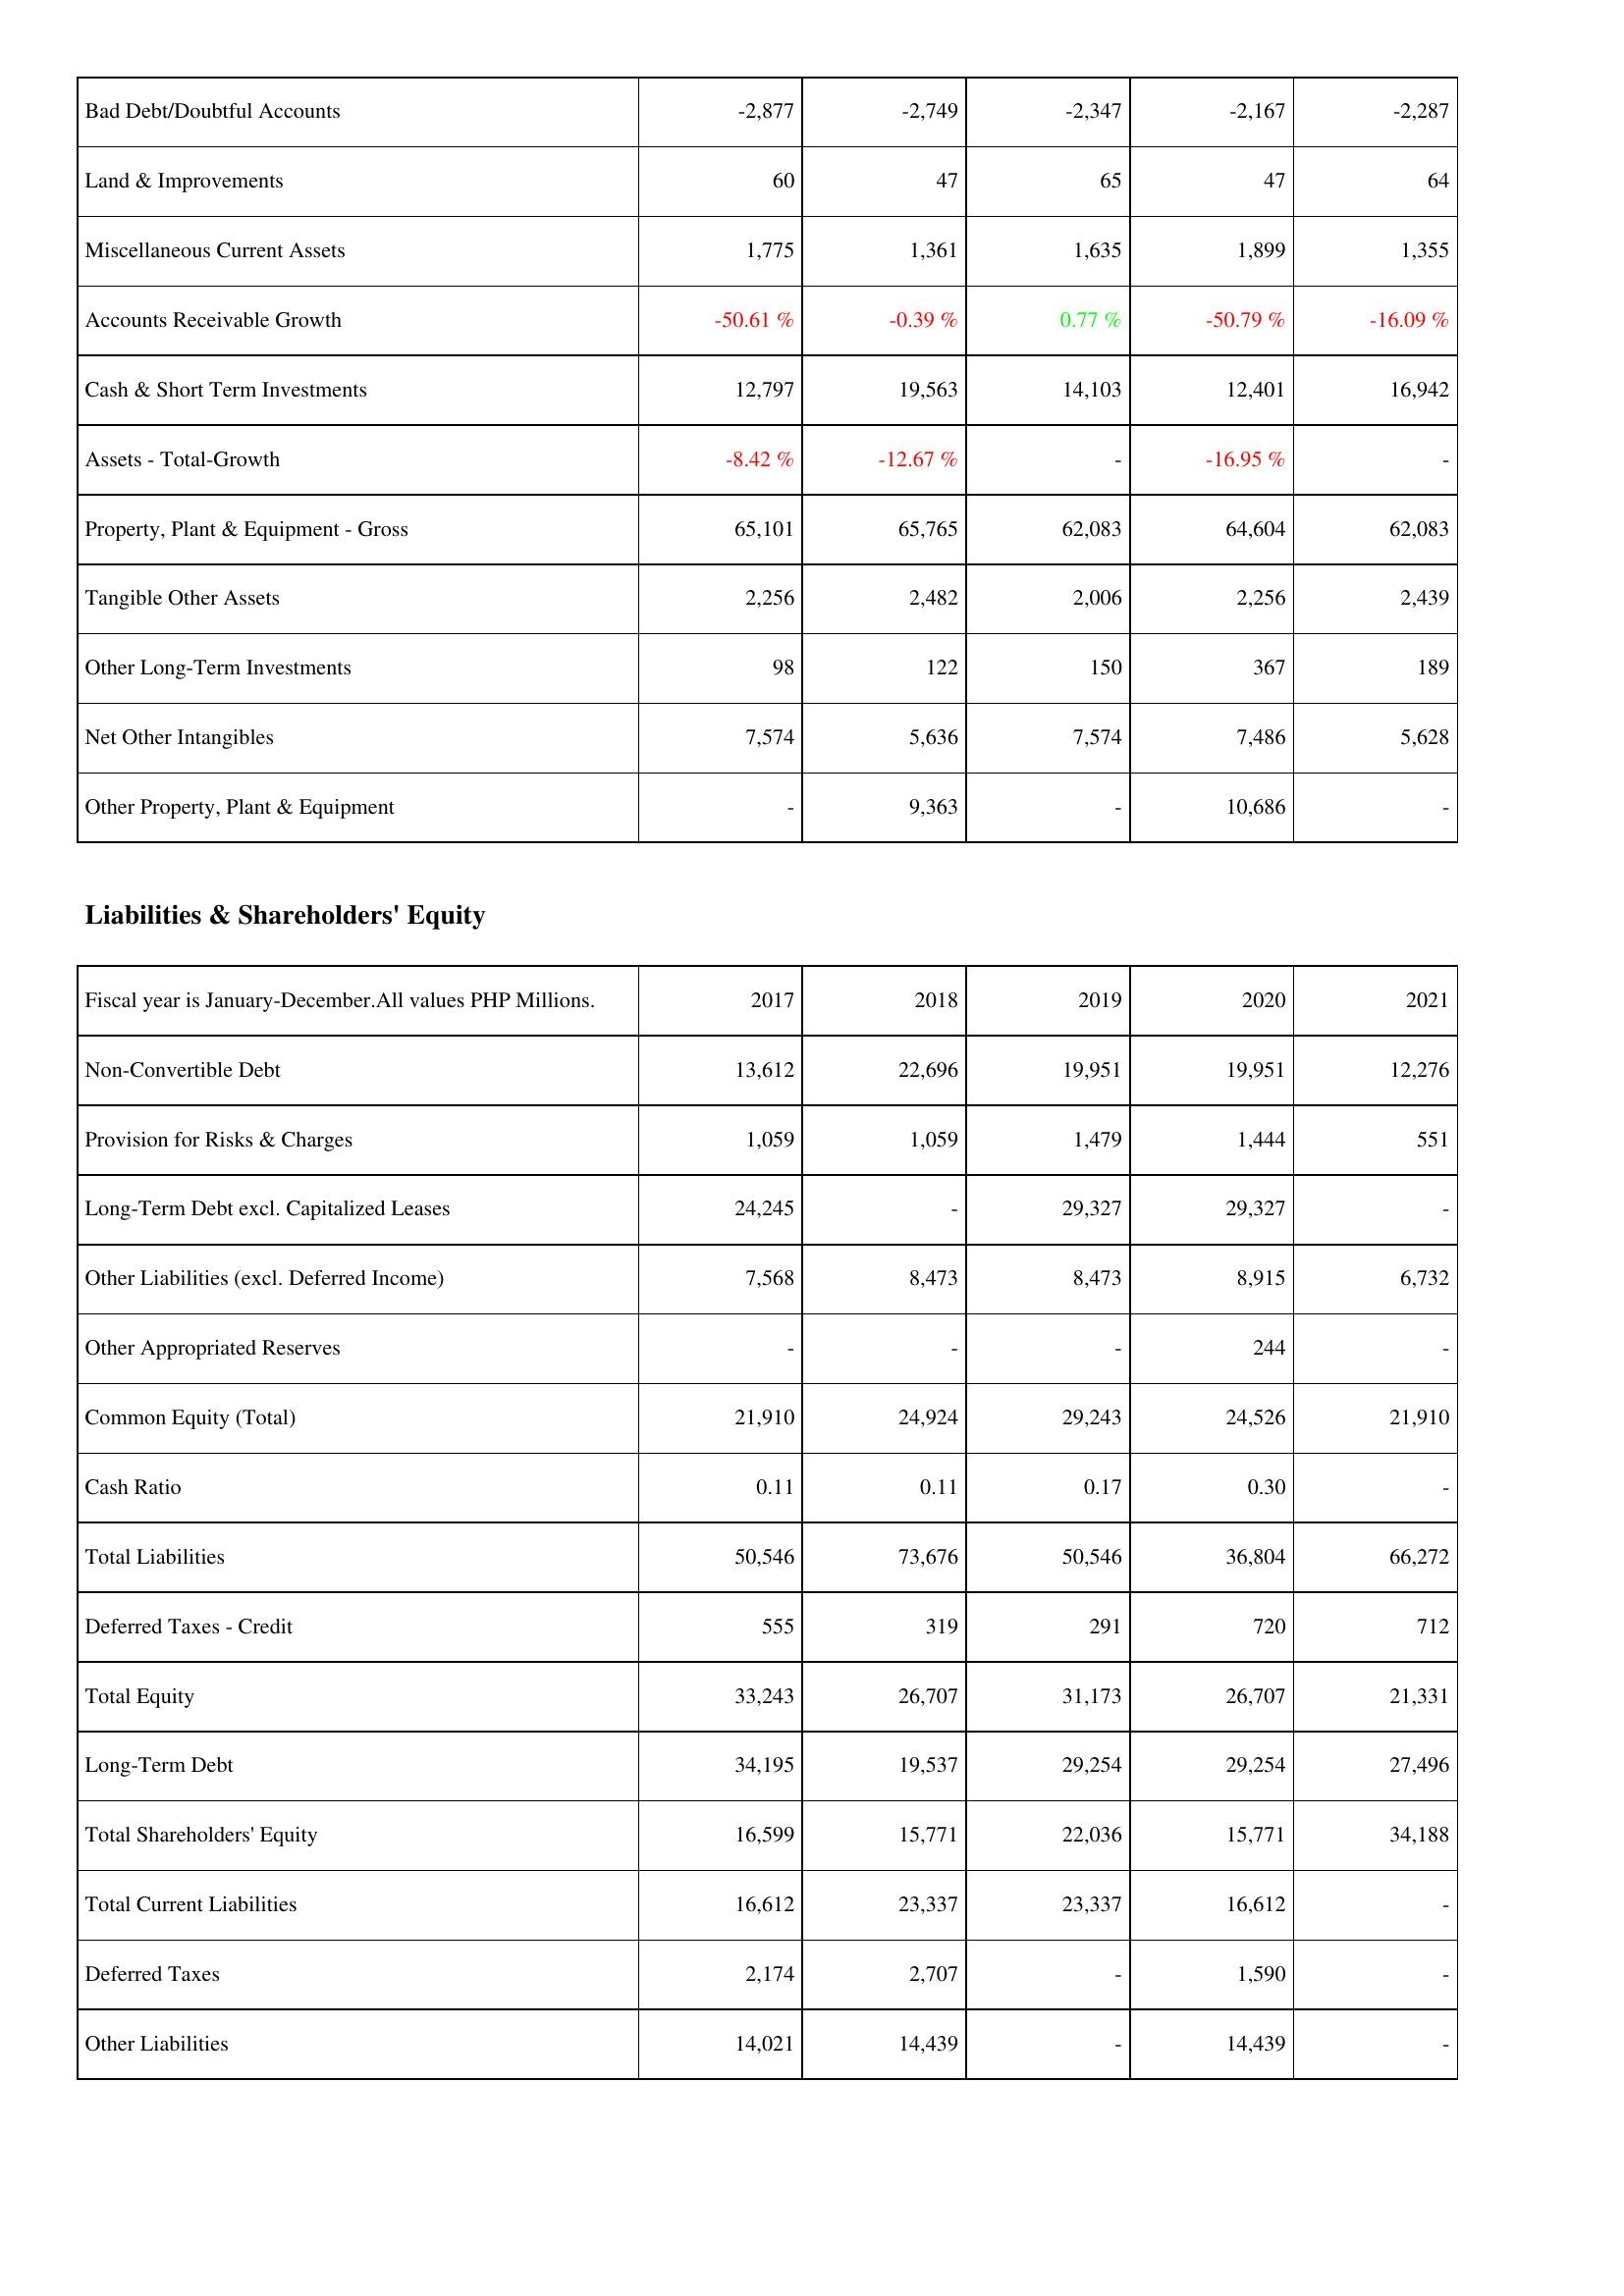
2017: Assets: Bad Debt/Doubtful Accounts: -2,877
Land & Improvements: 60
Miscellaneous Current Assets: 1,775
Accounts Receivable Growth: -50.61 %
Cash & Short Term Investments: 12,797
Assets - Total-Growth: -8.42 %
Property, Plant & Equipment - Gross: 65,101
Tangible Other Assets: 2,256
Other Long-Term Investments: 98
Net Other Intangibles: 7,574
Other Property, Plant & Equipment: -
Liabilities & Shareholders' Equity: Non-Convertible Debt: 13,612
Provision for Risks & Charges: 1,059
Long-Term Debt excl. Capitalized Leases: 24,245
Other Liabilities (excl. Deferred Income): 7,568
Other Appropriated Reserves: -
Common Equity (Total): 21,910
Cash Ratio: 0.11
Total Liabilities: 50,546
Deferred Taxes - Credit: 555
Total Equity: 33,243
Long-Term Debt: 34,195
Total Shareholders' Equity: 16,599
Total Current Liabilities: 16,612
Deferred Taxes: 2,174
Other Liabilities: 14,021
2018: Assets: Bad Debt/Doubtful Accounts: -2,749
Land & Improvements: 47
Miscellaneous Current Assets: 1,361
Accounts Receivable Growth: -0.39 %
Cash & Short Term Investments: 19,563
Assets - Total-Growth: -12.67 %
Property, Plant & Equipment - Gross: 65,765
Tangible Other Assets: 2,482
Other Long-Term Investments: 122
Net Other Intangibles: 5,636
Other Property, Plant & Equipment: 9,363
Liabilities & Shareholders' Equity: Non-Convertible Debt: 22,696
Provision for Risks & Charges: 1,059
Long-Term Debt excl. Capitalized Leases: -
Other Liabilities (excl. Deferred Income): 8,473
Other Appropriated Reserves: -
Common Equity (Total): 24,924
Cash Ratio: 0.11
Total Liabilities: 73,676
Deferred Taxes - Credit: 319
Total Equity: 26,707
Long-Term Debt: 19,537
Total Shareholders' Equity: 15,771
Total Current Liabilities: 23,337
Deferred Taxes: 2,707
Other Liabilities: 14,439
2019: Assets: Bad Debt/Doubtful Accounts: -2,347
Land & Improvements: 65
Miscellaneous Current Assets: 1,635
Accounts Receivable Growth: 0.77 %
Cash & Short Term Investments: 14,103
Assets - Total-Growth: -
Property, Plant & Equipment - Gross: 62,083
Tangible Other Assets: 2,006
Other Long-Term Investments: 150
Net Other Intangibles: 7,574
Other Property, Plant & Equipment: -
Liabilities & Shareholders' Equity: Non-Convertible Debt: 19,951
Provision for Risks & Charges: 1,479
Long-Term Debt excl. Capitalized Leases: 29,327
Other Liabilities (excl. Deferred Income): 8,473
Other Appropriated Reserves: -
Common Equity (Total): 29,243
Cash Ratio: 0.17
Total Liabilities: 50,546
Deferred Taxes - Credit: 291
Total Equity: 31,173
Long-Term Debt: 29,254
Total Shareholders' Equity: 22,036
Total Current Liabilities: 23,337
Deferred Taxes: -
Other Liabilities: -
2020: Assets: Bad Debt/Doubtful Accounts: -2,167
Land & Improvements: 47
Miscellaneous Current Assets: 1,899
Accounts Receivable Growth: -50.79 %
Cash & Short Term Investments: 12,401
Assets - Total-Growth: -16.95 %
Property, Plant & Equipment - Gross: 64,604
Tangible Other Assets: 2,256
Other Long-Term Investments: 367
Net Other Intangibles: 7,486
Other Property, Plant & Equipment: 10,686
Liabilities & Shareholders' Equity: Non-Convertible Debt: 19,951
Provision for Risks & Charges: 1,444
Long-Term Debt excl. Capitalized Leases: 29,327
Other Liabilities (excl. Deferred Income): 8,915
Other Appropriated Reserves: 244
Common Equity (Total): 24,526
Cash Ratio: 0.30
Total Liabilities: 36,804
Deferred Taxes - Credit: 720
Total Equity: 26,707
Long-Term Debt: 29,254
Total Shareholders' Equity: 15,771
Total Current Liabilities: 16,612
Deferred Taxes: 1,590
Other Liabilities: 14,439
2021: Assets: Bad Debt/Doubtful Accounts: -2,287
Land & Improvements: 64
Miscellaneous Current Assets: 1,355
Accounts Receivable Growth: -16.09 %
Cash & Short Term Investments: 16,942
Assets - Total-Growth: -
Property, Plant & Equipment - Gross: 62,083
Tangible Other Assets: 2,439
Other Long-Term Investments: 189
Net Other Intangibles: 5,628
Other Property, Plant & Equipment: -
Liabilities & Shareholders' Equity: Non-Convertible Debt: 12,276
Provision for Risks & Charges: 551
Long-Term Debt excl. Capitalized Leases: -
Other Liabilities (excl. Deferred Income): 6,732
Other Appropriated Reserves: -
Common Equity (Total): 21,910
Cash Ratio: -
Total Liabilities: 66,272
Deferred Taxes - Credit: 712
Total Equity: 21,331
Long-Term Debt: 27,496
Total Shareholders' Equity: 34,188
Total Current Liabilities: -
Deferred Taxes: -
Other Liabilities: -